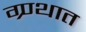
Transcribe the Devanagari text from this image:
ग्र्ण्थात